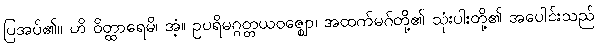
ပြအပ်၏။ ဟိ ဝိတ္ထာရေမိ၊ အံ့။ ဥပရိမဂ္ဂတ္တယဝဇ္ဈော၊ အထက်မဂ်တို့၏ သုံးပါးတို့၏ အပေါင်းသည်